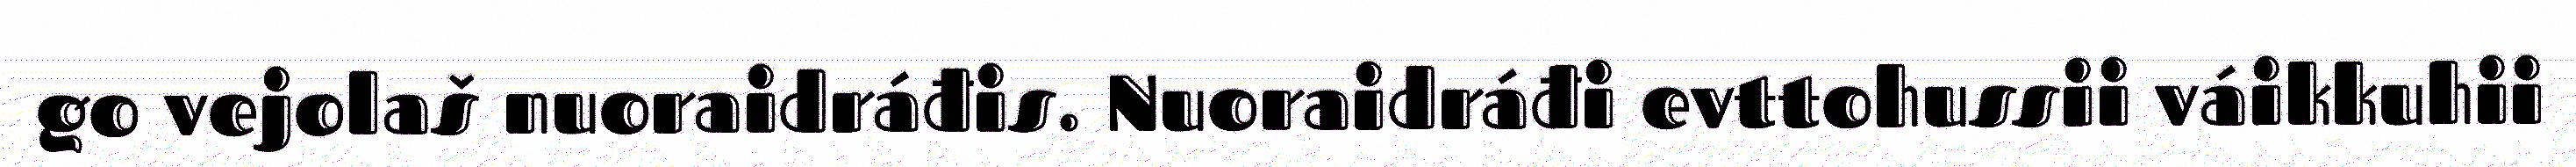
go vejolaš nuoraidráđis. Nuoraidráđi evttohussii váikkuhii